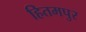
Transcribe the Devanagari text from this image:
हितमपुर